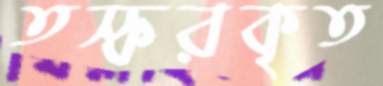
তস্করকৃত